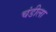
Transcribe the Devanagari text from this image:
चंडीला